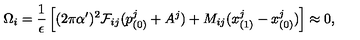
\Omega _ { i } = \frac { 1 } { \epsilon } \left[ ( 2 \pi \alpha ^ { \prime } ) ^ { 2 } { \cal F } _ { i j } ( p _ { ( 0 ) } ^ { j } + A ^ { j } ) + M _ { i j } ( x _ { ( 1 ) } ^ { j } - x _ { ( 0 ) } ^ { j } ) \right] \approx 0 ,